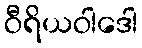
ဝီရိယဝါဒေါ